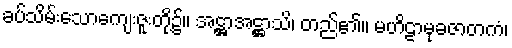
ခပ်သိမ်းသောကျေးဇူးတို့၌။ အဋ္ဌာအဋ္ဌာသိ၊ တည်၏။ မဟိဠာမုခဇာတကံ၊